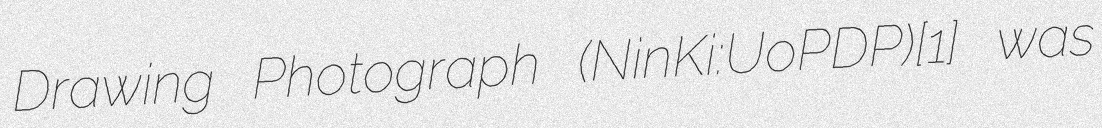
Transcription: Drawing Photograph (NinKi:UoPDP)[1] was